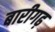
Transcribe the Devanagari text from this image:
बारीगढ़